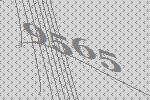
9565